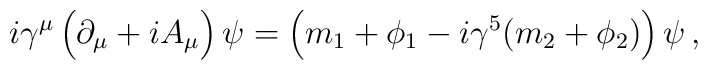
i\gamma^{\mu} \left(\strut \partial_{\mu} + i A_{\mu}\right) \psi = \left( \strut m_{1} + \phi_{1} - i\gamma^{5} (m_{2}+\phi_{2})\right)\psi\, ,